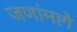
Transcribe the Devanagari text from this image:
जणांमागे